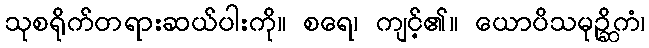
သုစရိုက်တရားဆယ်ပါးကို။ စရေ၊ ကျင့်၏။ ယောပိသမုဉ္ဆိကံ၊